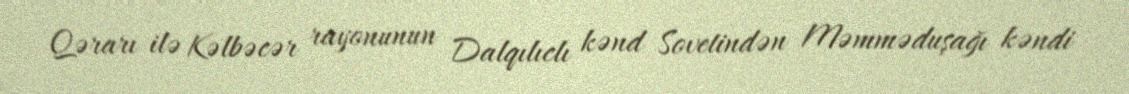
Qərarı ilə Kəlbəcər rayonunun Dalqılıclı kənd Sovetindən Məmməduşağı kəndi